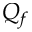
Q _ { f }